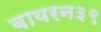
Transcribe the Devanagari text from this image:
बायरन३९